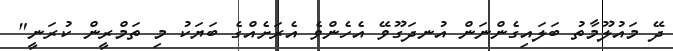
ދޭ މައުލޫމާތު ބަލައިގެންނަން އުނދަގޫވޭ އެހެންވެ އެރަށެއްގެ ބަޔަކު މި ތަމްރީން ކުރަނީ"